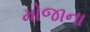
મોજાના